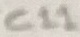
Text: C11